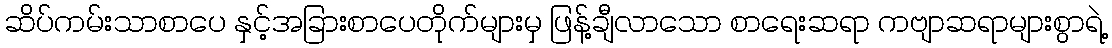
ဆိပ်ကမ်းသာစာပေ နှင့်အခြားစာပေတိုက်များမှ ဖြန့်ချီလာသော စာရေးဆရာ ကဗျာဆရာများစွာရဲ့